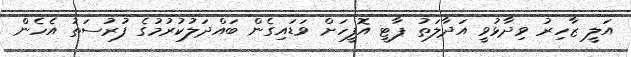
އަލީ ޒާހިރު ވިދާޅުވީ އަދާލަތު ޕާޓީ އޮފީހަށް ވަޑައިގެން ބައްދަލުކުރުމުގެ ފުރުސަތު އެހެން